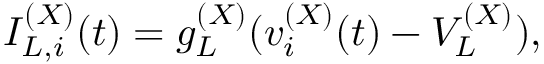
I _ { L , i } ^ { ( X ) } ( t ) = g _ { L } ^ { ( X ) } ( v _ { i } ^ { ( X ) } ( t ) - V _ { L } ^ { ( X ) } ) ,